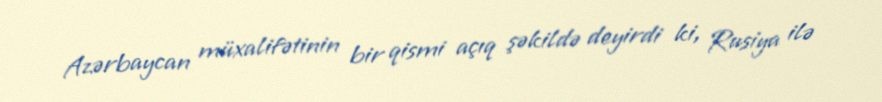
Azərbaycan müxalifətinin bir qismi açıq şəkildə deyirdi ki, Rusiya ilə